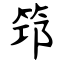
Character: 筇